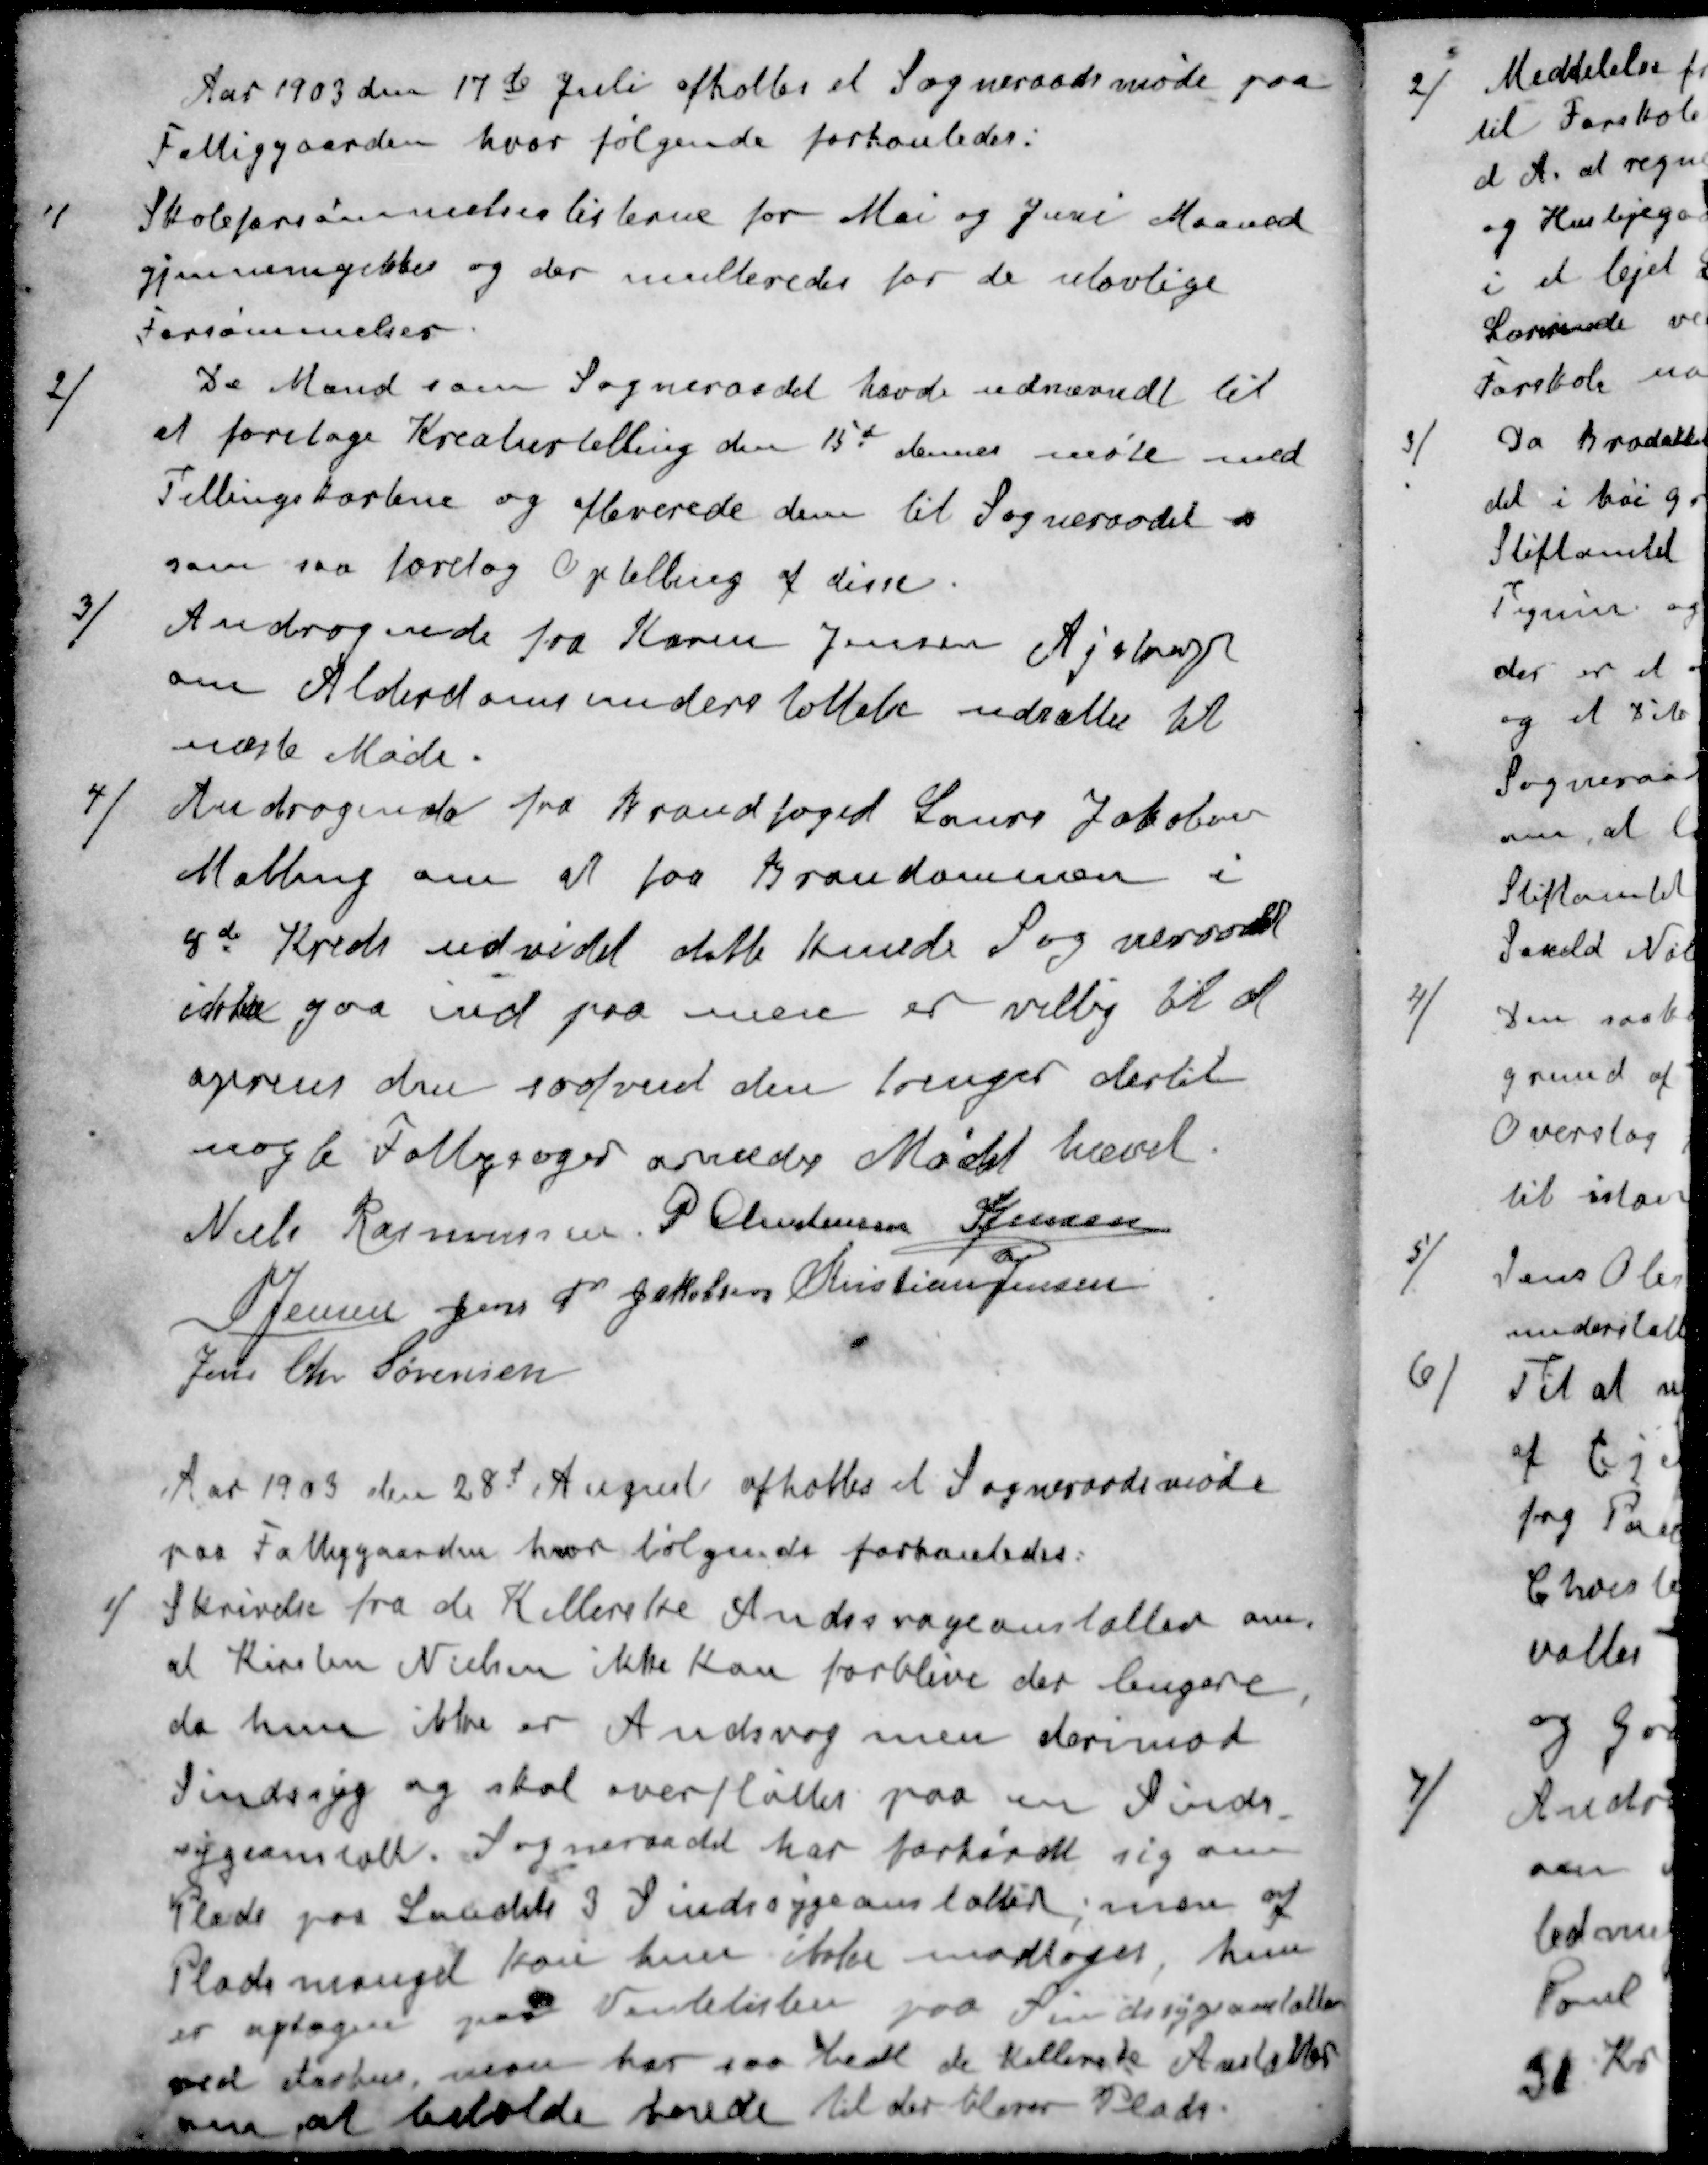
Transskription:
Aar 1903 den 17d Juli afholtes et Sogneraadsmøde paa
Fattiggaarden, hvor følgende forhanledes:
1 / Skoleforsømmelseslisterne for Mai og Juni Maaned
gjennemgikkes og der multeredes for de ulovlige
Forsømmelser
2 / De Mænd som Sogneraadet havde udnævnt til
at foretage Kreaturtælling den 15d dennes møte med
Tellingskortene og afleverede dem til Sogneraadet
som saa foretog Optelling af disse.
3 / Andragende fra Karen Jensen Ajstrup
om Alderdomsunderstøttelse udsættes til
næste Møde.
4 / Andragende fra Brandfoged Laurs Jakobsen
Malling om at faa Brandommen i
8d Kreds udvidet dette kunde Sogneraadet
ikke gaa ind paa men er villig til at
oprens den saafremt den trænger dertil
nogle Fattigsager ornedes Mødet hævet.
Niels Rasmussen
P Christensen
S Jensen
S Jensen
Jens P Jakobsen
Kristian Jensen
Jens Chr Sørensen
Aar 1933 den 28d August afholtes et Sogneraadsmøde
paa Fattiggaarden hvor følgende forhanledes:
1 / Skrivelse fra de Kellerske Andssvageanstalter om
at Kirsten Nielsen ikke kan forblive der langere
da hun ikke er Andsvag men derimod
Sindssyg og skal overfløttes paa en Sinds-
sygeanstalt. Sogneraadet har forhørdt sig om
Plads paa Landets 3 Sindssygeanstalter, men af
Pladsmangel kan hun ikke modtages hun
er optagen paa Ventelisten paa Sindssygeanstalten
ved Aarhus, man har saa bedt de Kellerske Anstalter
om at beholde hende til der bliver Plads